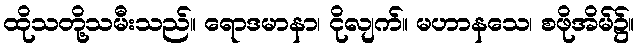
ထိုသတို့သမီးသည်။ ရောဒမာနာ၊ ငိုလျက်။ မဟာနသေ၊ စဖိုအိမ်၌။